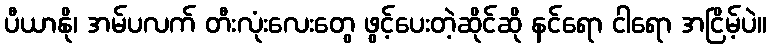
ပီယာနို၊ အမ်ပလက် တီးလုံးလေးတွေ ဖွင့်ပေးတဲ့ဆိုင်ဆို နင်ရော ငါရော အငြိမ့်ပဲ။